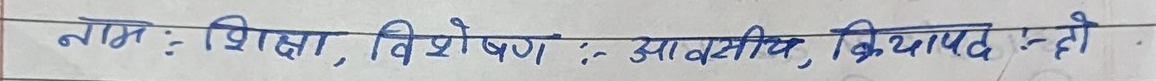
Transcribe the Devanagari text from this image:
नाम : शिक्षा, विशेषण : आवसीय, क्रियापद : इन्डो.